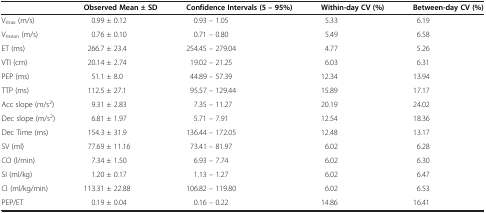
<table><thead><tr><td><b> </b></td><td><b>Observed Mean ± SD</b></td><td><b>Confidence Intervals (5 – 95%)</b></td><td><b>Within-day CV (%)</b></td><td><b>Between-day CV (%)</b></td></tr></thead><tbody><tr><td>V<sub>max</sub> (m/s)</td><td>0.99 ± 0.12</td><td>0.93 – 1.05</td><td>5.33</td><td>6.19</td></tr><tr><td>V<sub>mean</sub> (m/s)</td><td>0.76 ± 0.10</td><td>0.71 – 0.80</td><td>5.49</td><td>6.58</td></tr><tr><td>ET (ms)</td><td>266.7 ± 23.4</td><td>254.45 – 279.04</td><td>4.77</td><td>5.26</td></tr><tr><td>VTI (cm)</td><td>20.14 ± 2.74</td><td>19.02 – 21.25</td><td>6.03</td><td>6.31</td></tr><tr><td>PEP (ms)</td><td>51.1 ± 8.0</td><td>44.89 – 57.39</td><td>12.34</td><td>13.94</td></tr><tr><td>TTP (ms)</td><td>112.5 ± 27.1</td><td>95.57 – 129.44</td><td>15.89</td><td>17.17</td></tr><tr><td>Acc slope (m/s<sup>2</sup>)</td><td>9.31 ± 2.83</td><td>7.35 – 11.27</td><td>20.19</td><td>24.02</td></tr><tr><td>Dec slope (m/s<sup>2</sup>)</td><td>6.81 ± 1.97</td><td>5.71 – 7.91</td><td>12.54</td><td>18.36</td></tr><tr><td>Dec Time (ms)</td><td>154.3 ± 31.9</td><td>136.44 – 172.05</td><td>12.48</td><td>13.17</td></tr><tr><td>SV (ml)</td><td>77.69 ± 11.16</td><td>73.41 – 81.97</td><td>6.02</td><td>6.28</td></tr><tr><td>CO (l/min)</td><td>7.34 ± 1.50</td><td>6.93 – 7.74</td><td>6.02</td><td>6.30</td></tr><tr><td>SI (ml/kg)</td><td>1.20 ± 0.17</td><td>1.13 – 1.27</td><td>6.02</td><td>6.47</td></tr><tr><td>CI (ml/kg/min)</td><td>113.31 ± 22.88</td><td>106.82 – 119.80</td><td>6.02</td><td>6.53</td></tr><tr><td>PEP/ET</td><td>0.19 ± 0.04</td><td>0.16 – 0.22</td><td>14.86</td><td>16.41</td></tr></tbody></table>